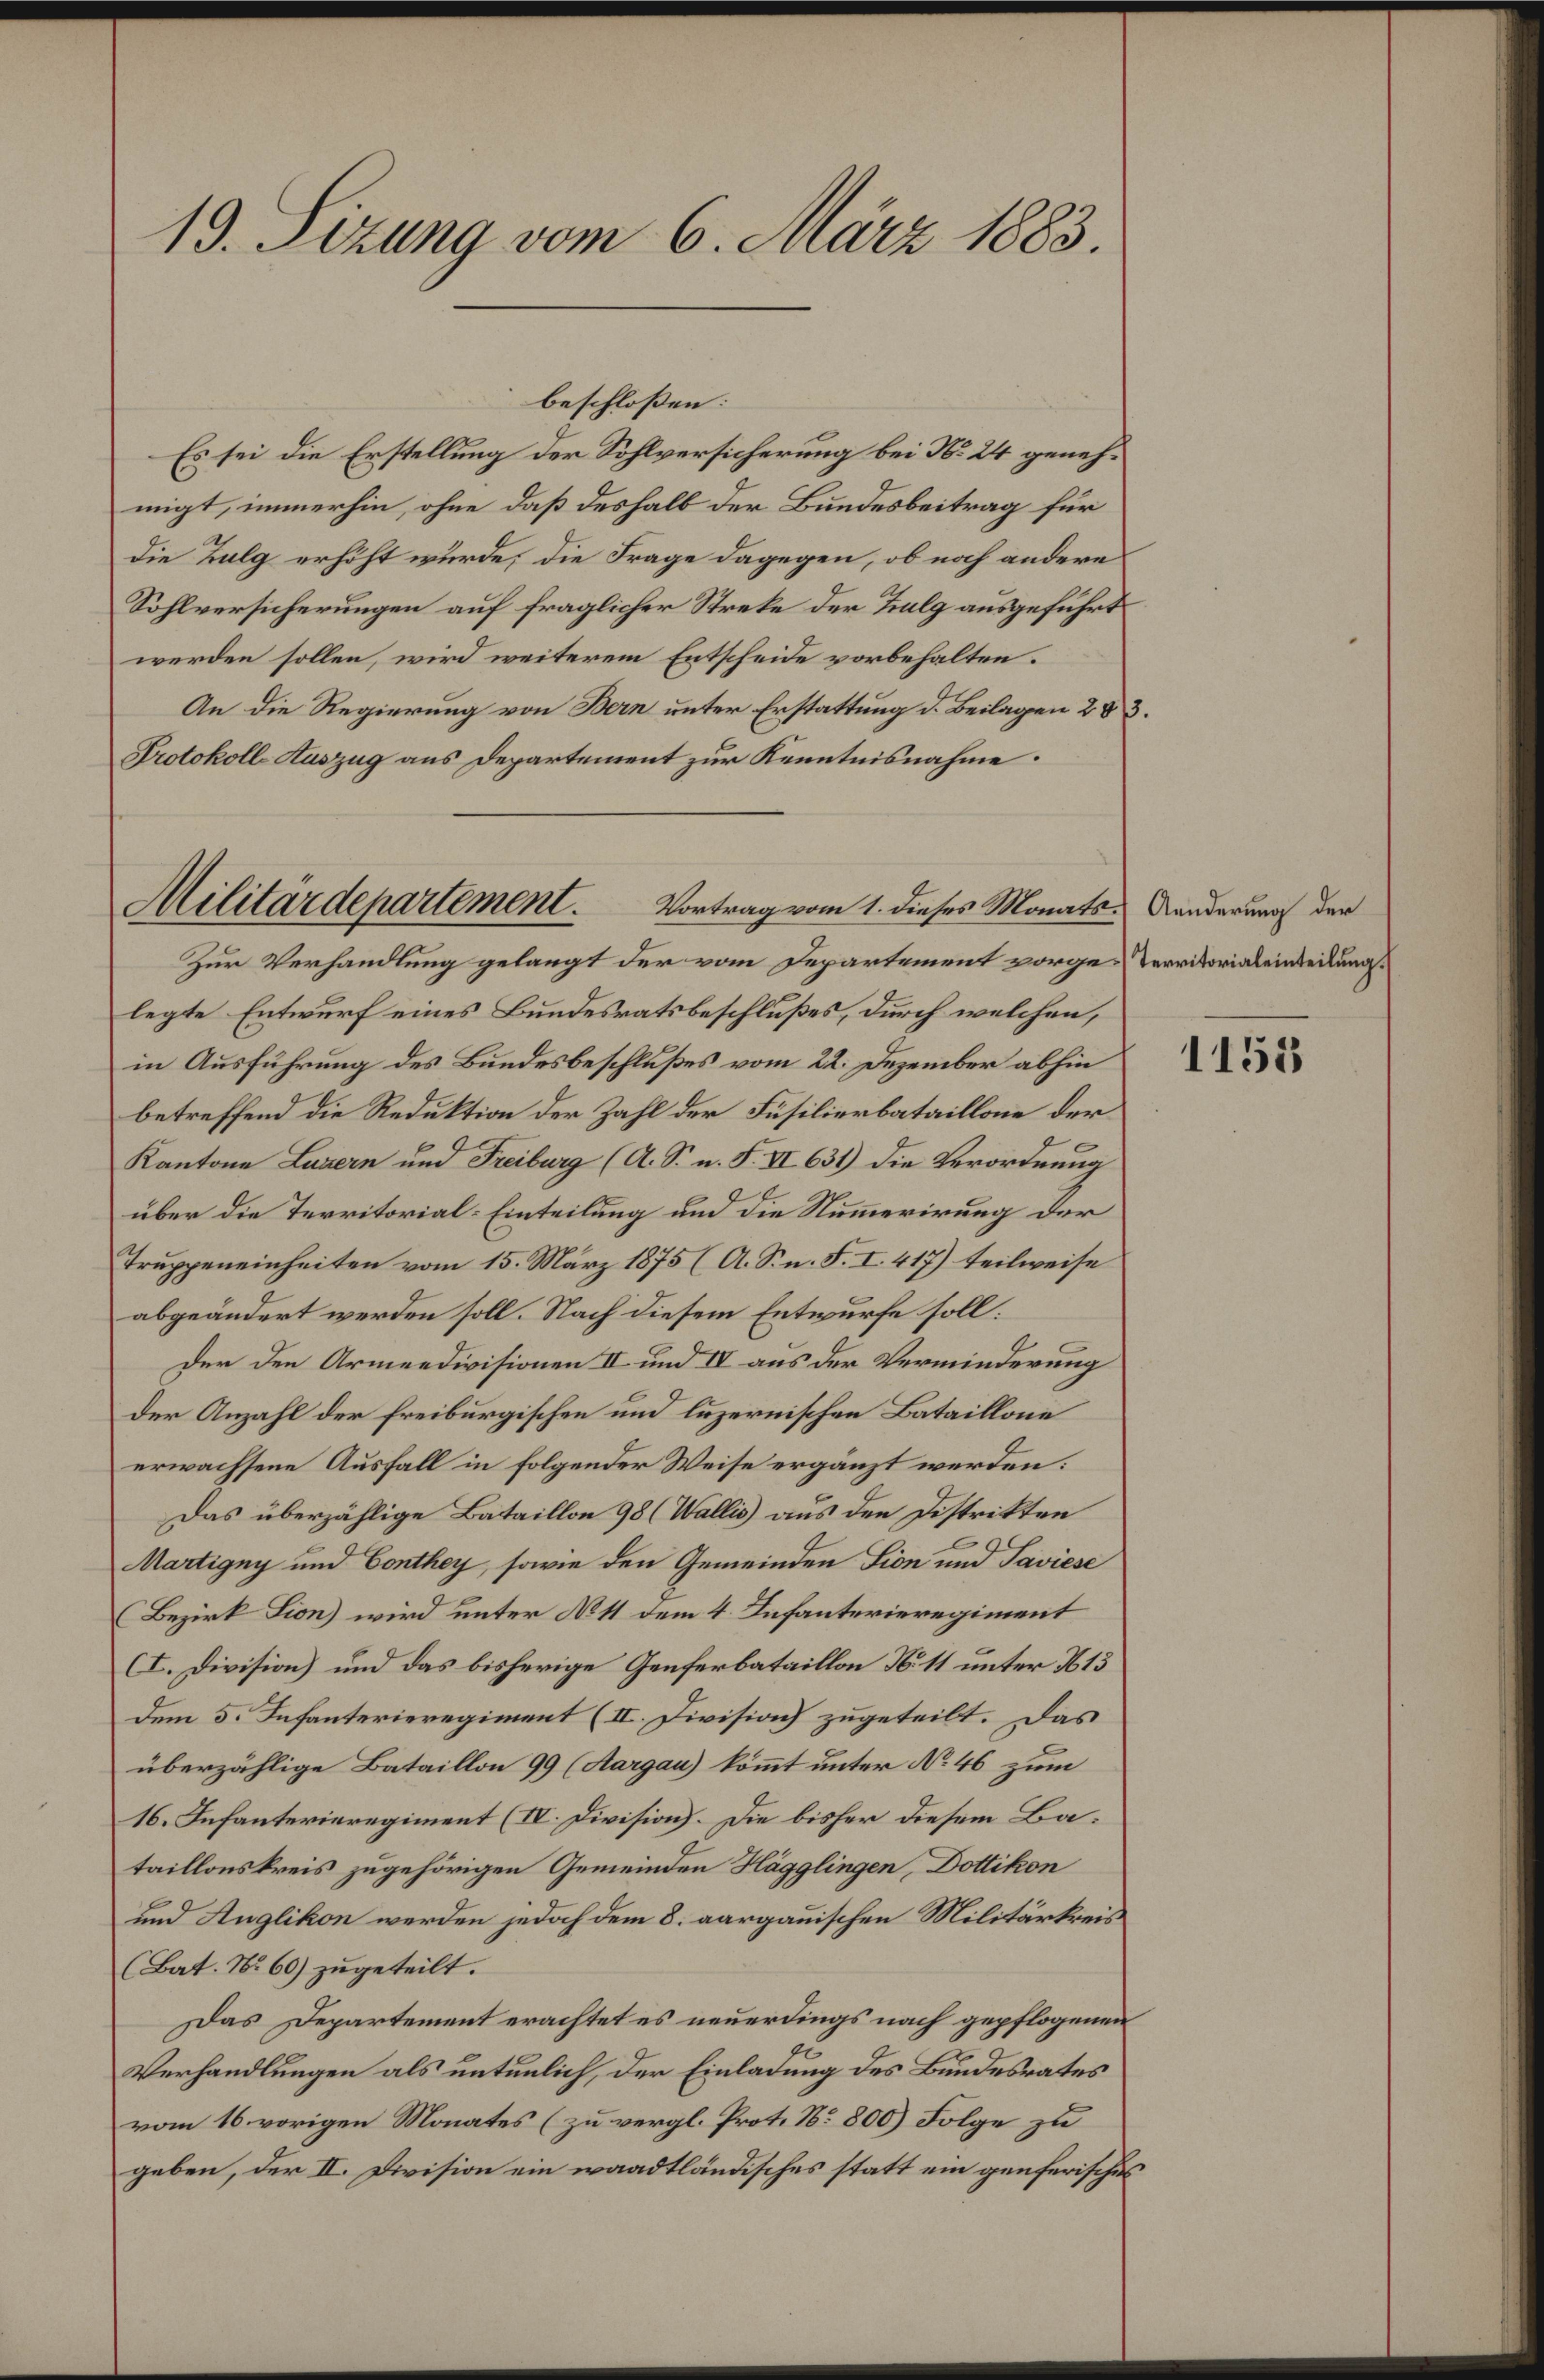
19. Sizung vom 6. März 1883.

beschloßen:
Es sei die Erstellung der Sohlversicherung bei No 24 genehmigt, immerhin, ohne daß deshalb der Bundesbeitrag für
die Zulg erhöht wurde, die Frage dagegen, ob noch andere
Sohlversicherungen auf fraglicher Streke der Talg ausgeführt
werden sollen, wird weiterem Entscheide vorbehalten.
An die Regierung von Bern unter Erstattung d. Beilagen 2 & 3.
Protokoll-Auszug aus Departement zur Kenntnisnahme:

Zur Verhandlung gelangt der vom Departement vorge-Territorialeinleitung
legte Entwurf eines Bundesratsbeschlußes, durch welchen,
in Ausführung des Bundesbeschlußes vom 22. Dezember abhin
betreffend die Reduktion der Zahl der Füsilierbataillone der
Kantone Luzern und Freiburg (A. S. n. F. II 631) die Verordnung
über die Territorial-Einteilung und die Nummerirung der
Truppeneinheiten vom 15. März 1875 (A. S. n. F. I. 417) teilweise
abgeändert werden soll. Nach diesem Entwurfe soll:
Der den Armeedivisionen II und IV aus der Verminderung
Der Anzahl der freiburgischen und luzernischen Bataillone
erwachsene Ausfall in folgender Weise ergänzt werden:
Das überzählige Bataillon 98 (Wallis aus den Distrikten
Martigny und Conthey, sowie den Gemeinden Lion und Saviese
Bezirk Fion) wird unter No 11 dem 4. Infanterieregiment
(I. Division) und das bisherige Genferbataillon N. 11 unter 13
dem 5. Infanterieregiment (II. Division zugeteilt. Das
überzählige Bataillon 99 (Aargau) kömmt unter No 46 zum
16. Infanterieregiment (IV. Division). Die bisher diesem Bataillonskreis zugehörigen Gemeinden Hägglingen, Dottikon
und Anglikon werden jedoch dem 8. aargauischen Militärkreis
(Bat. No 60) zugeteilt.
Das Departement erachtet es neuerdings nach gepflogenen
Verhandlungen als untenlich, der Einladung des Bundesrates
vom 16. vorigen Monates (zu vergl. Prot. No 800) Folge zu
geben, der II. Division ein waadtländisches statt ein genferisches

Militärdepartement.
Vortrag vom 1. dieses Monats Anderung der

1155